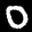
Label: 0